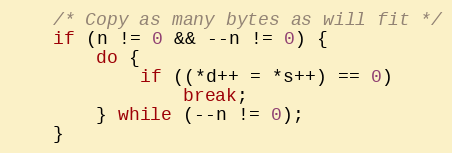
Language: C
	/* Copy as many bytes as will fit */
	if (n != 0 && --n != 0) {
		do {
			if ((*d++ = *s++) == 0)
				break;
		} while (--n != 0);
	}